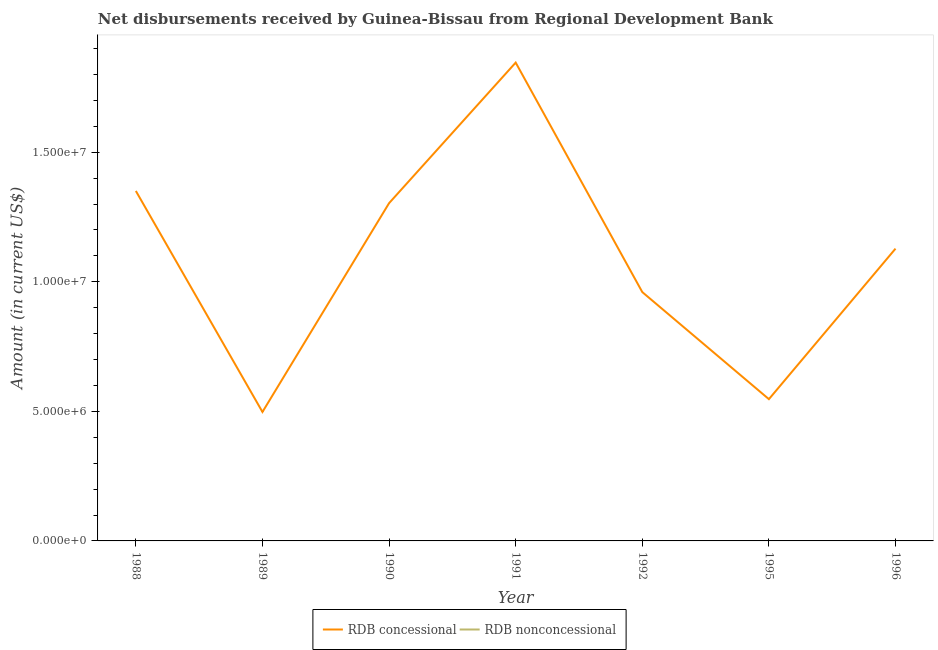
| Year | RDB concessional | RDB nonconcessional |
 | --- | --- | --- |
 | 1988 | 1.35e+07 | -4.04e+05 |
 | 1989 | 4.98e+06 | -8.57e+05 |
 | 1990 | 1.3e+07 | -8.85e+05 |
 | 1991 | 1.85e+07 | -8.94e+05 |
 | 1992 | 9.6e+06 | -1.21e+06 |
 | 1995 | 5.47e+06 | -2.93e+06 |
 | 1996 | 1.13e+07 | -1.39e+06 |